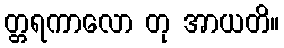
တ္တရကာလော တု အာယတိ။